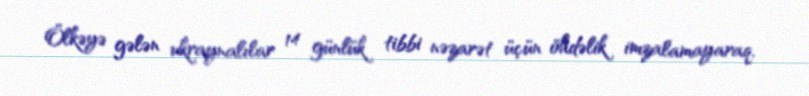
Ölkəyə gələn ukraynalılar 14 günlük tibbi nəzarət üçün öhdəlik imzalamayaraq,